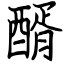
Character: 醑